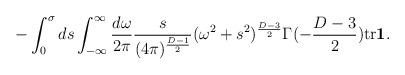
LaTeX: \begin{align*}- \int_{0}^{\sigma}ds\int_{-\infty}^{\infty}\frac{d\omega}{2\pi} \frac{s}{(4\pi)^{\frac{D-1}{2}}}(\omega^{2}+s^{2})^{\frac{D-3}{2}} \Gamma(-\frac{D-3}{2}) \mbox{tr}\mbox{\boldmath$1$}.\end{align*}